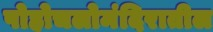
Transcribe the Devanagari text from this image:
पोहोचलोमंदिरातील